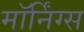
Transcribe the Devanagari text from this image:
मॉर्निंग्स